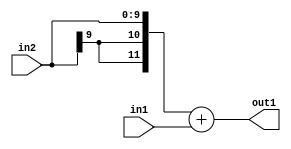
`timescale 1ps / 1ps
/*****************************************************************************
    Verilog RTL Description
    
    
    Created by: Stratus DpOpt 2019.1.01 
*******************************************************************************/

module DC_Filter_Add_10Sx10U_12S_4 (
	in2,
	in1,
	out1
	); /* architecture "behavioural" */ 
input [9:0] in2,
	in1;
output [11:0] out1;
wire [11:0] asc001;

assign asc001 = 
	+({{2{in2[9]}}, in2})
	+(in1);

assign out1 = asc001;
endmodule

/* CADENCE  ubDxQgE= : u9/ySgnWtBlWxVPRXgAZ4Og= ** DO NOT EDIT THIS LINE ******/